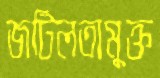
জটিলতামুক্ত